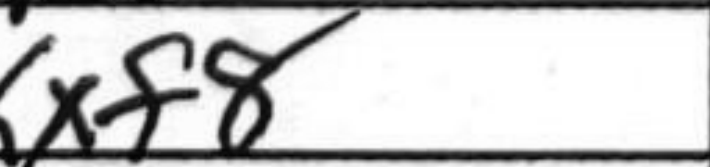
Transcription: Kxf8